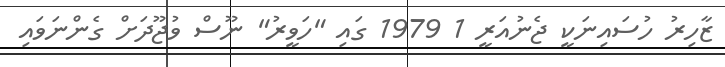
ޒާހިރު ހުސައިނަކީ ޖެނުއަރީ 1 1979 ގައި "ހަވީރު" ނޫސް ވުޖޫދަށް ގެންނަވައި